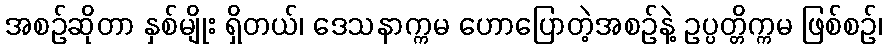
အစဉ်ဆိုတာ နှစ်မျိုး ရှိတယ်၊ ဒေသနာက္ကမ ဟောပြောတဲ့အစဉ်နဲ့ ဥပ္ပတ္တိက္ကမ ဖြစ်စဉ်၊